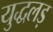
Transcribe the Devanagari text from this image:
युद्धलड़